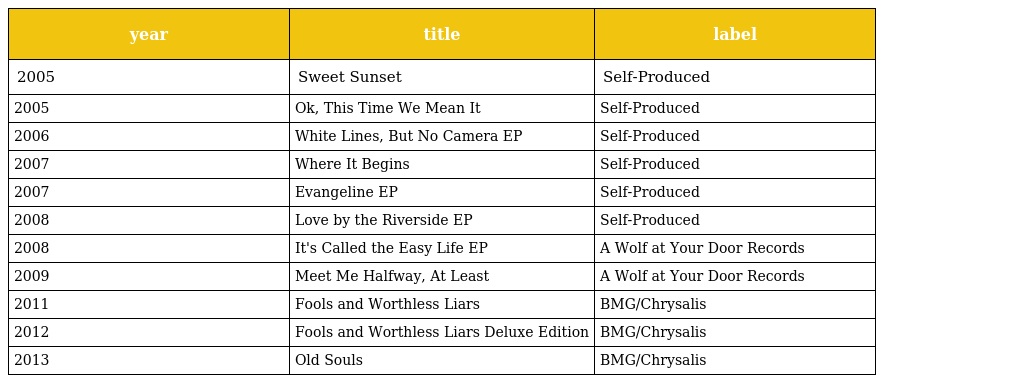
| year | title | label |
 | --- | --- | --- |
 | 2005 | Sweet Sunset | Self-Produced |
 | 2005 | Ok, This Time We Mean It | Self-Produced |
 | 2006 | White Lines, But No Camera EP | Self-Produced |
 | 2007 | Where It Begins | Self-Produced |
 | 2007 | Evangeline EP | Self-Produced |
 | 2008 | Love by the Riverside EP | Self-Produced |
 | 2008 | It's Called the Easy Life EP | A Wolf at Your Door Records |
 | 2009 | Meet Me Halfway, At Least | A Wolf at Your Door Records |
 | 2011 | Fools and Worthless Liars | BMG/Chrysalis |
 | 2012 | Fools and Worthless Liars Deluxe Edition | BMG/Chrysalis |
 | 2013 | Old Souls | BMG/Chrysalis |